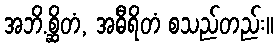
အဘိ.စ္ဆိတံ, အဓီရိတံ စသည်တည်း။